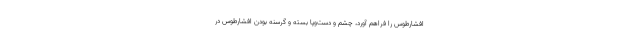
افشارطوس را فراهم آورد، چشم و دست‌وپا بسته و گرسنه بودن افشارطوس در